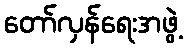
တော်လှန်ရေးအဖွဲ့